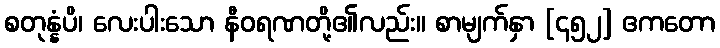
စတုန္နံပိ၊ လေးပါးသော နီဝရဏတို့၏လည်း။ စာမျက်နှာ [၄၅၂] ဧကတော